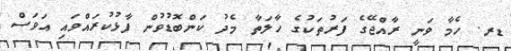
ޑރ. ހެމާ ވަނީ ރާއްޖޭގެ ފަރުތަކުގެ ހާލަތާ މެދު ކަންބޮޑުވުން ފާޅުކުރައްވައި އަވަސް